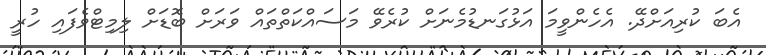
އެބަ ކުރިއަށްދޭ. އެހެންވީމަ އަޅުގަނޑުމެނަށް ކުރެވޭ މަސައްކަތްތައް ވަރަށް ބޮޑަށް ލިމިޓްވެފައި ހުރީ